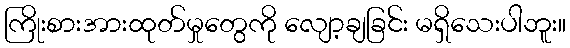
ကြိုးစားအားထုတ်မှုတွေကို လျော့ချခြင်း မရှိသေးပါဘူး။